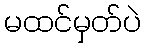
မထင်မှတ်ပဲ